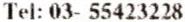
TEL: 03- 55423228